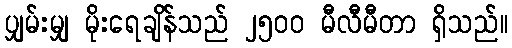
ပျှမ်းမျှ မိုးရေချိန်သည် ၂၅၀၀ မီလီမီတာ ရှိသည်။